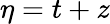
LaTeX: \eta=t+z